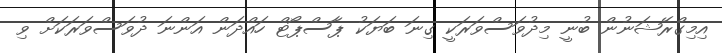
އިމިގްރޭޝަނުން ބުނީ މިދުވަސްވަރަކީ ގިނަ ބަޔަކު ޕާސްޕޯޓް ހައްދަން އަންނަ ދުވަސްވަރަކަށް ވި